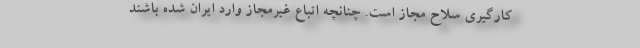
‌کارگیری سلاح مجاز است. چنانچه اتباع غیرمجاز وارد ایران شده باشند